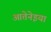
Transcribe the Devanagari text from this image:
आतेनेइया